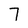
Character: 7